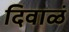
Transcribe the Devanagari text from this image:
दिवाळं